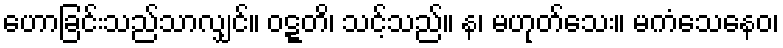
ဟောခြင်းသည်သာလျှင်။ ဝဋ္ဋတိ၊ သင့်သည်။ န၊ မဟုတ်သေး။ မကံသေနေဝ၊